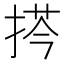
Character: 𢮻